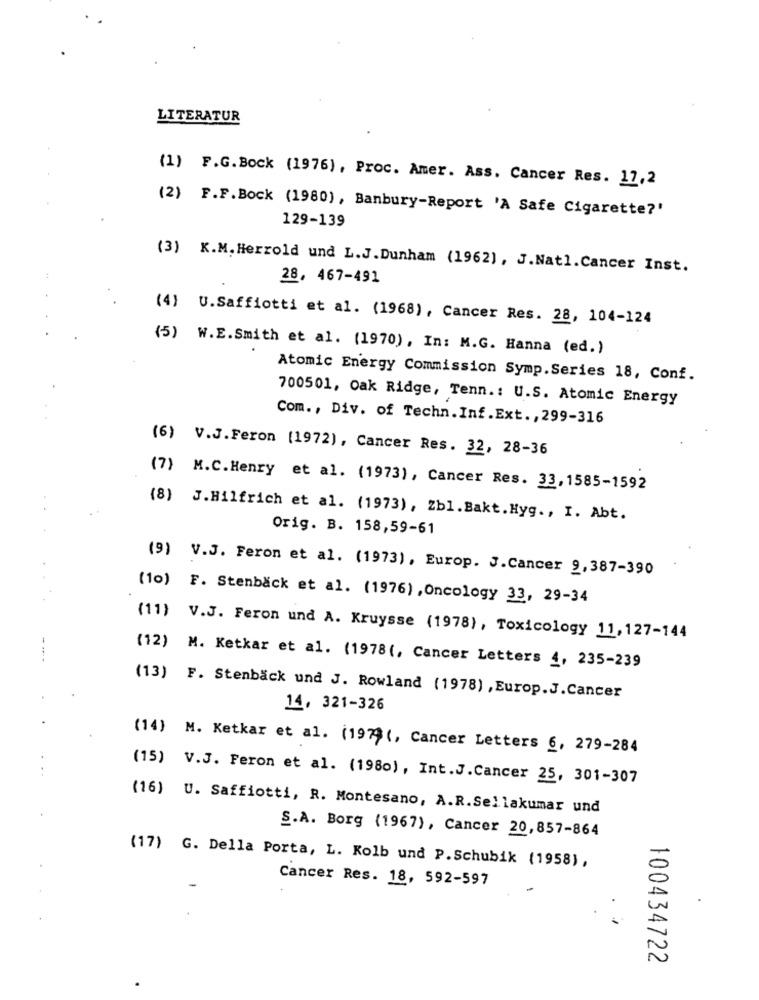
LITERATUR
(1) F.G.Bock (1976), Proc. Amer. Ass. Cancer Res. 17,2
(2) F.F.Bock (1980), Banbury-Report 'A Safe Cigarette?'
129-139
(3) K.M. Herrold und L.J.Dunham (1962), J.Nat1.Cancer Inst.
28, 467-491
(4) U.Saffiotti et al. (1968), Cancer Res. 28, 104-124
(5) W.E.Smith et al. (1970), In: M.G. Hanna (ed.)
Atomic Energy Commission Symp. Series 18, Conf.
700501, Oak Ridge, Tenn .: U.S. Atomic Energy
Com ., Div. of Techn. Inf.Ext ., 299-316
(6) V.J.Feron (1972), Cancer Res. 32, 28-36
(7) M.C.Henry et al. (1973), Cancer Res. 33,1585-1592
(8)
J.Hilfrich et al. (1973), Zbl.Bakt. Hyg ., I. Abt.
Orig. B. 158,59-61
(9) V.J. Feron et al. (1973), Europ. J.Cancer 9,387-390
(10) F. Stenback et al. (1976) , Oncology 33, 29-34
(11) V.J. Feron und A. Kruysse (1978), Toxicology 11,127-144
(12) M. Ketkar et al. (1978(, Cancer Letters 4, 235-239
(13) F. Stenbäck und J. Rowland (1978) , Europ.J.Cancer
14, 321-326
(14) M. Ketkar et al. (1979 (, Cancer Letters 6, 279-284
(15)
V.J. Feron et al. (1980), Int.J.Cancer 25, 301-307
(16) U. Saffiotti, R. Montesano, A.R.Sel lakumar und
S.A. Borg (1967), Cancer 20,857-864
(17) G. Della Porta, L. Kolb und P. Schubik (1958),
Cancer Res. 18, 592-597
100434722